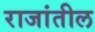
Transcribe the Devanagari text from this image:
राजांतील